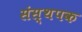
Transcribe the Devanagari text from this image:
संस्थपक